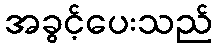
အခွင့်ပေးသည်